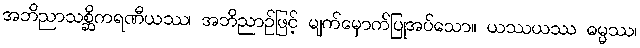
အဘိညာသစ္ဆိကရဏီယဿ၊ အဘိညာဉ်ဖြင့် မျက်မှောက်ပြုအပ်သော။ ယဿယဿ ဓမ္မဿ၊